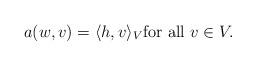
LaTeX: \begin{align*}a(w,v)=\langle h,v\rangle_V\mbox{for all }v\in V.\end{align*}